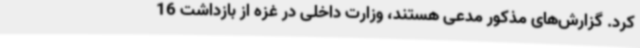
کرد. گزارش‌های مذکور مدعی هستند، وزارت داخلی در غزه از بازداشت 16